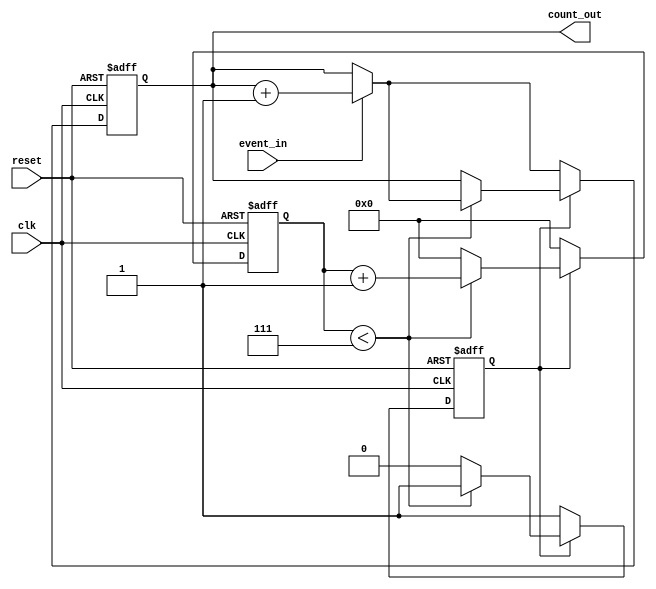
module windowed_counter #(
    parameter WINDOW_SIZE = 8 // Configurable window size (in clock cycles)
)(
    input wire clk,           // Clock signal
    input wire reset,         // Asynchronous reset
    input wire event_in,      // Event signal to be counted
    output reg [7:0] count_out // Count output (8-bit output)
);

    reg [3:0] window_timer;  // Timer to manage the window (4 bits for up to 15)
    reg counting;            // Flag to indicate whether counting is active

    // Asynchronous reset and counting logic
    always @(posedge clk or posedge reset) begin
        if (reset) begin
            count_out <= 8'b0;   // Reset count to zero
            window_timer <= 4'b0; // Reset window timer
            counting <= 1'b0;      // Reset counting flag
        end else begin
            if (counting) begin
                if (window_timer < WINDOW_SIZE - 1) begin
                    window_timer <= window_timer + 1; // Increment window timer
                    if (event_in) begin
                        count_out <= count_out + 1; // Increment count on event
                    end
                end else begin
                    counting <= 1'b0; // Stop counting when window size is reached
                    window_timer <= 4'b0; // Reset window timer
                end
            end else begin
                counting <= 1'b1; // Start counting on first clock after reset
                window_timer <= 4'b0; // Reset window timer
                if (event_in) begin
                    count_out <= count_out + 1; // Increment count on event
                end
            end
        end
    end

endmodule